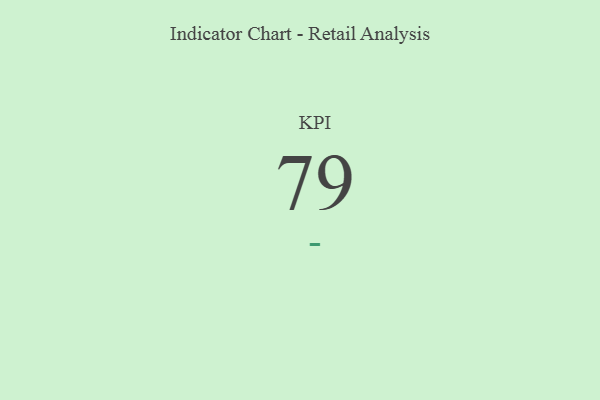
{"axis": {"x": "KPI", "y": "Value"}, "legend": [""], "data": [{"x": "KPI", "y": 79, "type": ""}]}